Civil Veterinary Department Bihar & Orissa reports 1929-36 - 1929-1936
Year: 1929
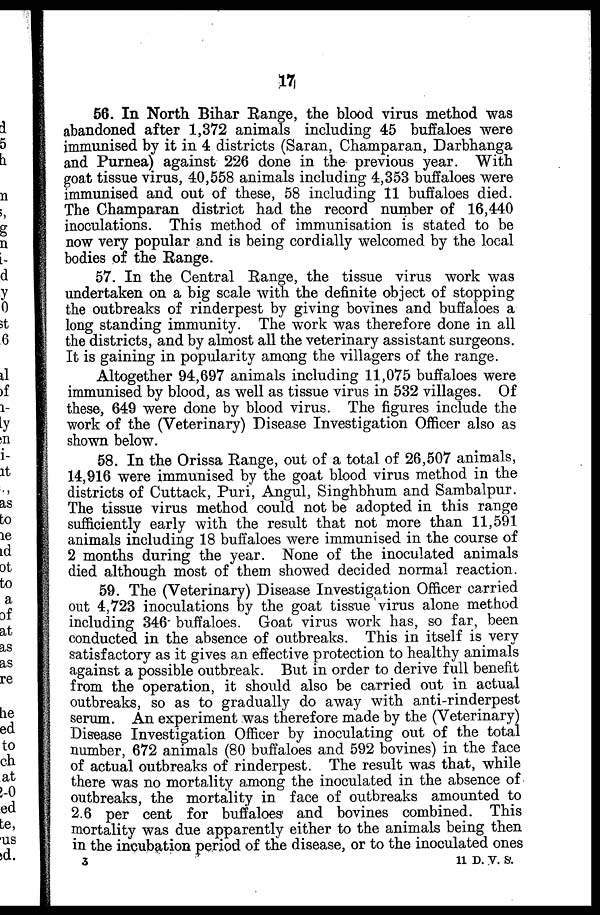
17
56. In North Bihar Range, the blood virus method was
abandoned after 1,372 animals including 45 buffaloes were
immunised by it in 4 districts (Saran, Champaran, Darbhanga
and Purnea) against 226 done in the previous year. With
goat tissue virus, 40,558 animals including 4,353 buffaloes were
immunised and out of these, 58 including 11 buffaloes died.
The Champaran district had the record number of 16,440
inoculations. This method of immunisation is stated to be
now very popular and is being cordially welcomed by the local
bodies of the Range.
57. In the Central Range, the tissue virus work was
undertaken on a big scale with the definite object of stopping
the outbreaks of rinderpest by giving bovines and buffaloes a
long standing immunity. The work was therefore done in all
the districts, and by almost all the veterinary assistant surgeons.
It is gaining in popularity among the villagers of the range.
Altogether 94,697 animals including 11,075 buffaloes were
immunised by blood, as well as tissue virus in 532 villages. Of
these, 649 were done by blood virus. The figures include the
work of the (Veterinary) Disease Investigation Officer also as
shown below.
58. In the Orissa Range, out of a total of 26,507 animals,
14,916 were immunised by the goat blood virus method in the
districts of Cuttack, Puri, Angul, Singhbhum and Sambalpur.
The tissue virus method could not be adopted in this range
sufficiently early with the result that not more than 11,591
animals including 18 buffaloes were immunised in the course of
2 months during the year. None of the inoculated animals
died although most of them showed decided normal reaction.
59. The (Veterinary) Disease Investigation Officer carried
out 4,723 inoculations by the goat tissue virus alone method
including 346 buffaloes. Goat virus work has, so far, been
conducted in the absence of outbreaks. This in itself is very
satisfactory as it gives an effective protection to healthy animals
against a possible outbreak. But in order to derive full benefit
from the operation, it should also be carried out in actual
outbreaks, so as to gradually do away with anti-rinderpest
serum. An experiment was therefore made by the (Veterinary)
Disease Investigation Officer by inoculating out of the total
number, 672 animals (80 buffaloes and 592 bovines) in the face
of actual outbreaks of rinderpest. The result was that, while
there was no mortality among the inoculated in the absence of
outbreaks, the mortality in face of outbreaks amounted to
2.6 per cent for buffaloes and bovines combined. This
mortality was due apparently either to the animals being then
in the incubation period of the disease, or to the inoculated ones
3
11 D. V. S.